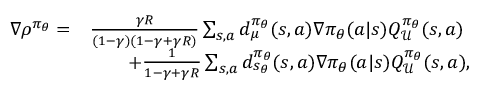
\begin{array} { r l } { \nabla \rho ^ { \pi _ { \theta } } = } & { \frac { \gamma R } { ( 1 - \gamma ) ( 1 - \gamma + \gamma R ) } \sum _ { s , a } d _ { \mu } ^ { \pi _ { \theta } } ( s , a ) \nabla { \pi _ { \theta } } ( a | s ) Q _ { \mathcal { U } } ^ { \pi _ { \theta } } ( s , a ) } \\ & { \qquad + \frac { 1 } { 1 - \gamma + \gamma R } \sum _ { s , a } d _ { s _ { \theta } } ^ { \pi _ { \theta } } ( s , a ) \nabla { \pi _ { \theta } } ( a | s ) Q _ { \mathcal { U } } ^ { \pi _ { \theta } } ( s , a ) , } \end{array}